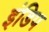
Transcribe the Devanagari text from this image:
इंडिप